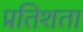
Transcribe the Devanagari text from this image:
प्रतिशता